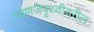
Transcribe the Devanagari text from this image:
म्हणजेपृथ्वीवरील